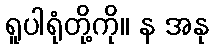
ရူပါရုံတို့ကို။ န အနု